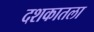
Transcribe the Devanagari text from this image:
दशकातला